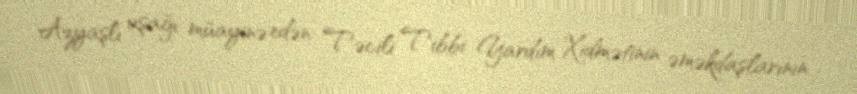
Azyaşlı uşağı müayinə edən Təcili Tibbi Yardım Xidmətinin əməkdaşlarının